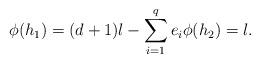
LaTeX: \begin{align*}\phi(h_1)=(d+1)l-\sum_{i=1}^{q}{e_i} \phi(h_2)=l.\end{align*}